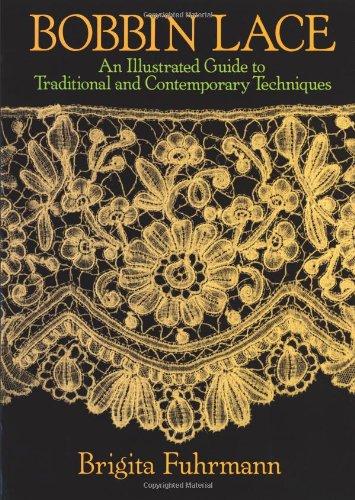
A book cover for Bobbin Lace: An Illustrated Guide to Traditional and Contemporary Techniques (Dover Knitting, Crochet, Tatting, Lace); Brigita Fuhrmann; Crafts, Hobbies & Home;